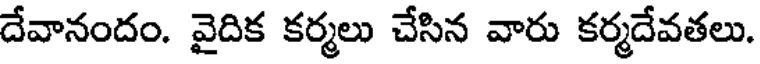
దేవానందం. వైదిక కర్మలు చేసిన వారు కర్మదేవతలు.